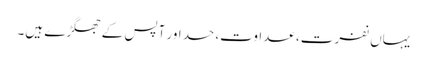
یہاں نفرت، عداوت، حسد اور آپس کے جھگڑے ہیں۔